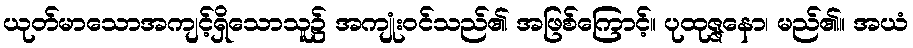
ယုတ်မာသောအကျင့်ရှိသောသူ၌ အကျုံးဝင်သည်၏ အဖြစ်ကြောင့်။ ပုထုဇ္ဇနော၊ မည်၏။ အယံ